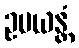
ဥပယန္တံ